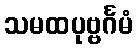
သမထပုဗ္ဗင်္ဂမံ